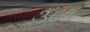
૩૮૧